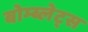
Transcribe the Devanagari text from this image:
बोम्ब्लेट्स